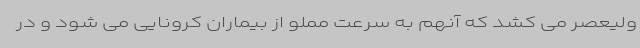
ولیعصر می کشد که آنهم به سرعت مملو از بیماران کرونایی می شود و در